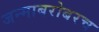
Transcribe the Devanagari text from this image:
जन्माबरोबरच